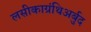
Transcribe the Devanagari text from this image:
लसीकाग्रंथिअर्बुद